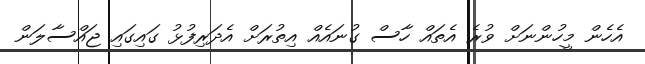
އެހެން މީހުންނަށް ވުރެ އެތައް ހާސް ގުނައެއް އިތުރަށް އެދަރިފުޅު ގައިގައި ޖައްސާލަން